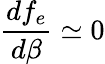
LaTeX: \frac{df_{e}}{d\beta}\simeq 0